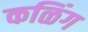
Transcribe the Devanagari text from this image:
कळिंग